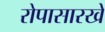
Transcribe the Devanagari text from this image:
रोपासारखे